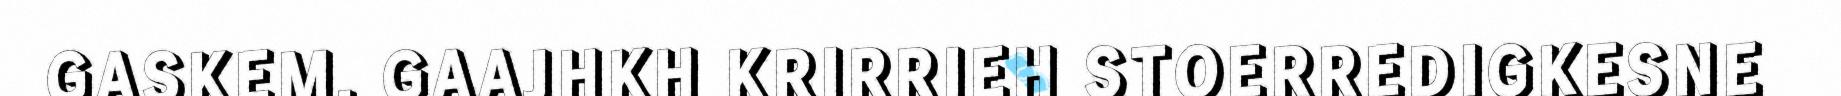
GASKEM. GAAJHKH KRIRRIEH STOERREDIGKESNE